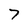
Character: 7